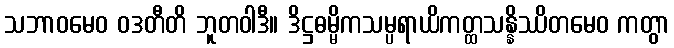
သဘာဝမေဝ ဝဒတီတိ ဘူတဝါဒီ။ ဒိဋ္ဌဓမ္မိကသမ္ပရာယိကတ္ထသန္နိဿိတမေဝ ကတွာ